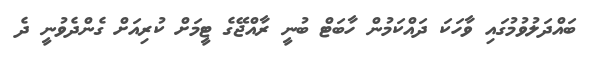
ބައްދަލުވުމުގައި ވާހަކަ ދައްކަމުން ހާބަޓް ބުނީ ރާއްޖޭގެ ޓީމަށް ކުރިއަށް ގެންދެވުނީ ދެ